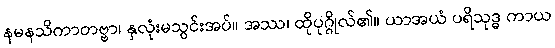
နမနသိကာတဗ္ဗာ၊ နှလုံးမသွင်းအပ်။ အဿ၊ ထိုပုဂ္ဂိုလ်၏။ ယာအယံ ပရိသုဒ္ဓ ကာယ